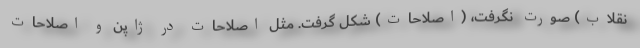
نقلاب) صورت نگرفت، (اصلاحات) شکل گرفت. مثل اصلاحات در ژاپن و اصلاحات